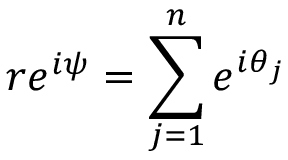
r e ^ { i \psi } = \sum _ { j = 1 } ^ { n } e ^ { i \theta _ { j } }